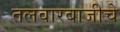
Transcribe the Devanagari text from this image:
तलवारबाजीचे